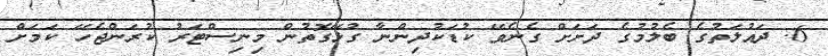
6. ދައުލަތުގެ ބެލުމުގެ ދަށަށް ގެނެވޭ ކުޑަކުދިންނާ ގުޅޭގޮތުން މިނިސްޓަރު ކުރަންޖެހޭ ކަމަށް